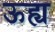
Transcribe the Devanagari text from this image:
ऊह्य